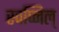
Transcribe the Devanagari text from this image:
स्वप्निल्